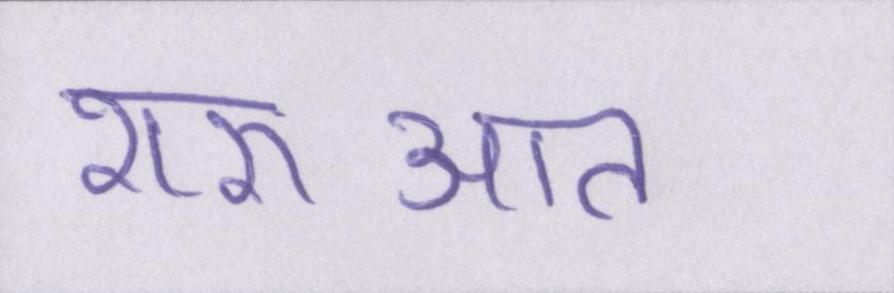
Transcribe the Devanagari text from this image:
शरुआत